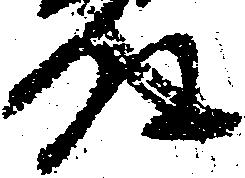
殿